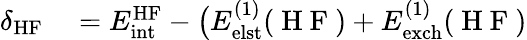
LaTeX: \begin{array}{rl}{\delta_{\mathrm{HF}}}&{{}=E_{\mathrm{int}}^{\mathrm{HF}}-\big(E_{\mathrm{elst}}^{(1)}(\mathrm{~H~F~})+E_{\mathrm{exch}}^{(1)}(\mathrm{~H~F~})}\end{array}